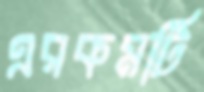
এরকমটি